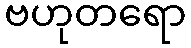
ဗဟုတရော